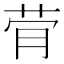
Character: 䒿